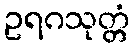
ဥရဂသုတ္တံ